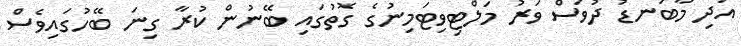
އަދި މާބަނޑު ދުވަސް ވަރު މަލްޓިވިޓަމިނުގެ ގޮތުގައި ބޭނުން ކުރާ ގިނަ ބޭހުގައިވެސް